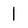
Character: 1